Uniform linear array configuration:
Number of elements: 24
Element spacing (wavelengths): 0.25
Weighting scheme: uniform
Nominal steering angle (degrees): -30
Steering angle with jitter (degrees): -30.164
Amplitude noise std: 0.05
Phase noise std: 0.05

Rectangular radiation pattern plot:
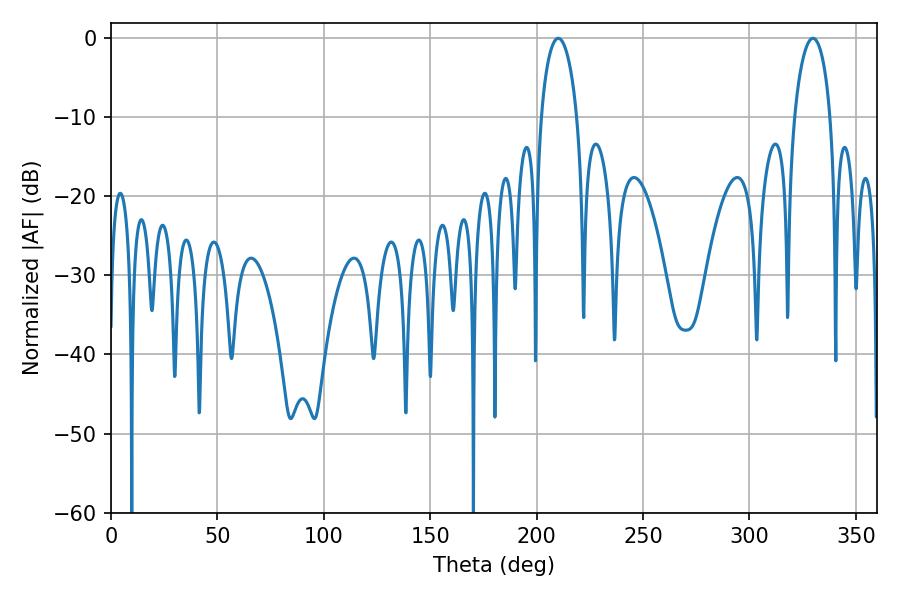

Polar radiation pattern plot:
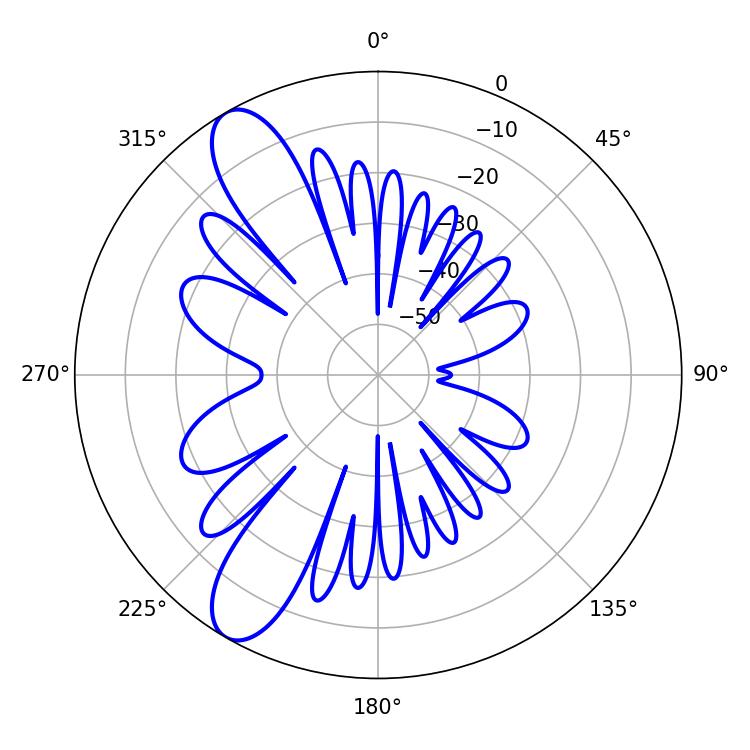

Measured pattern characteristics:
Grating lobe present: FALSE
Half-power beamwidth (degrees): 9.72
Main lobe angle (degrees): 210.24